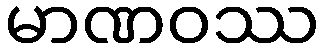
မာဏဝဿ